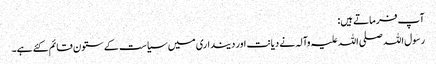
آپ فرماتے ہیں:
رسول اللہ صلی اللہ علیہ وآلہ نے دیانت اور دینداری میں سیاست کے ستون قائم کئے ہے۔